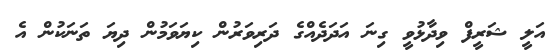
އަލީ ޝަރީފް ވިދާޅުވީ ގިނަ އަދަދެއްގެ ދަރިވަރުން ކިޔަވަމުން ދިޔަ ތަނަކުން އެ